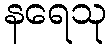
နရေသု